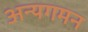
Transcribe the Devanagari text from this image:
अन्यगमन